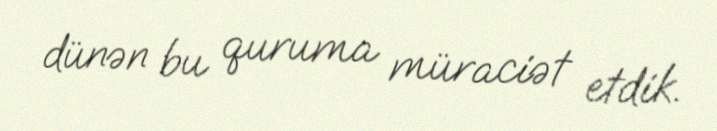
dünən bu quruma müraciət etdik.